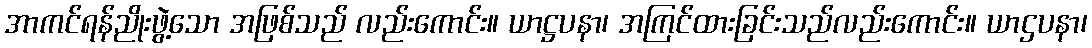
အာကင်ရန်ညိုးဖွဲ့သော အဖြစ်သည် လည်းကောင်း။ ယာဋ္ဌပနာ၊ အကြင်ထားခြင်းသည်လည်းကောင်း။ ယာဌပနာ၊